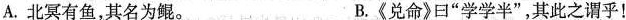
A.北冥有鱼，其名为鲲。 B.《兑命》曰”学学半”，其此之谓乎！